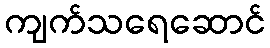
ကျက်သရေဆောင်